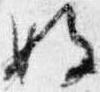
始